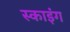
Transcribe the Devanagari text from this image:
स्काइंग